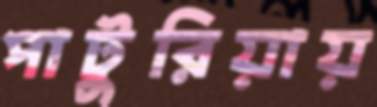
পাটুরিয়ায়